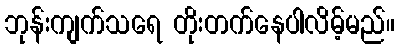
ဘုန်းကျက်သရေ တိုးတက်နေပါလိမ့်မည်။